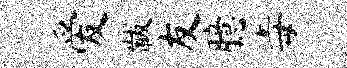
爱黻友臆毒